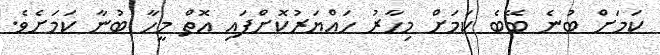
ކަމަށް ބުނެ ބޭބެ ކަމަށް މިހާރު ހައްޔަރުކޮށްފައި އޮތް މީހާ ބުނާ ކަމަށެވެ.